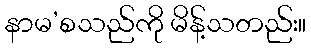
နာမ’စသည်ကို မိန့်သတည်း။